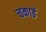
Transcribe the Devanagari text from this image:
चकाई